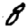
Digit: 8